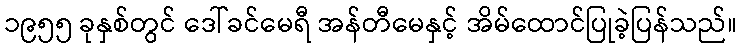
၁၉၅၅ ခုနှစ်တွင် ဒေါ်ခင်မေရီ အန်တီမေနှင့် အိမ်ထောင်ပြုခဲ့ပြန်သည်။